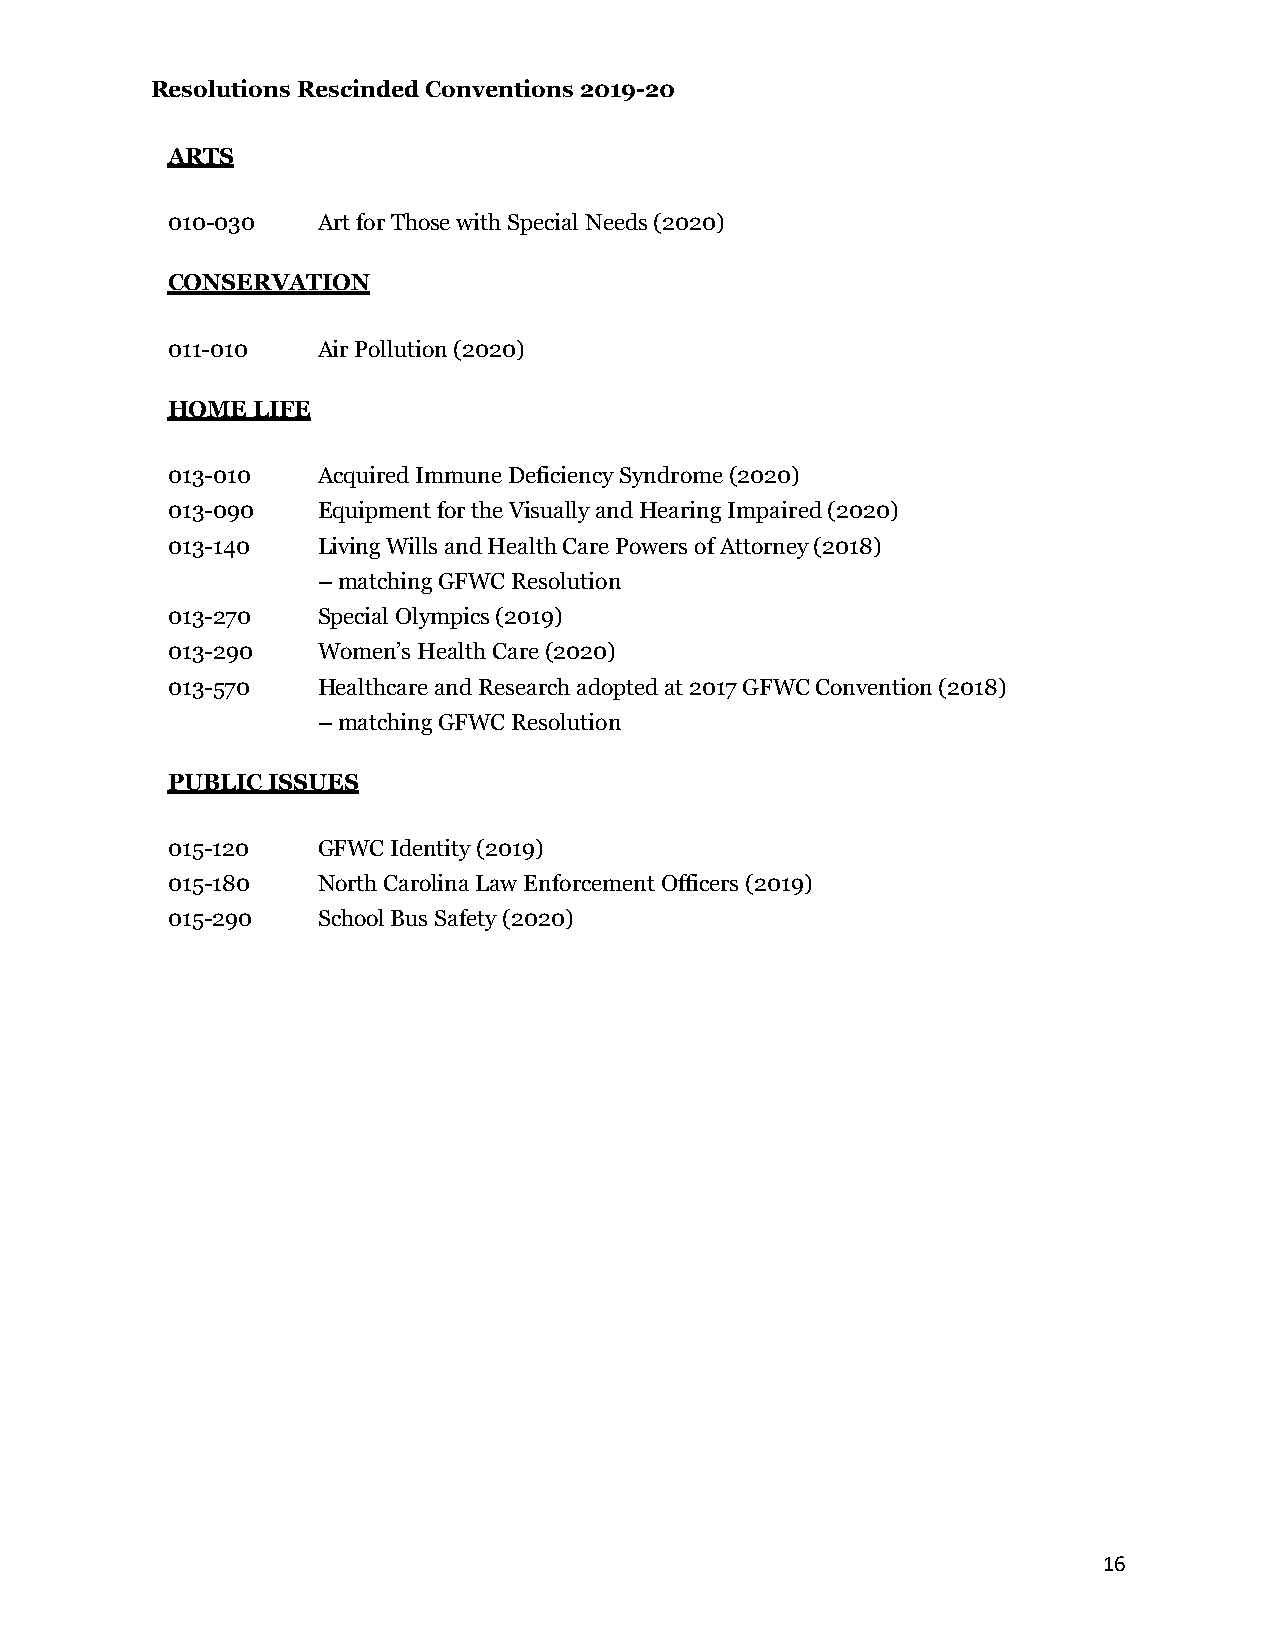
Resolutions Rescinded Conventions 2019-20
 ARTS
 010-030   Art for Those with Special Needs (2020)
 CONSERVATION
 011-010   Air Pollution (2020)
 HOME  LIFE
 013-010   Acquired Immune Deficiency Syndrome (2020)
 013-090   Equipment for the Visually and Hearing Impaired (2020)
 013-140   Living Wills and Health Care Powers of Attorney (2018)
 – matching GFWC Resolution
 013-270   Special Olympics (2019)
 013-290   Women’s Health Care (2020)
 013-570   Healthcare and Research adopted at 2017 GFWC Convention (2018)
 – matching GFWC Resolution
 PUBLIC ISSUES
 015-120   GFWC Identity (2019)
 015-180   North Carolina Law Enforcement Officers (2019)
 015-290   School Bus Safety (2020)
 16